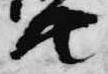
共